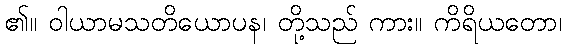
၏။ ဝါယာမသတိယောပန၊ တို့သည် ကား။ ကိရိယတော၊